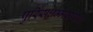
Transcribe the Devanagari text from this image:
पुरिसधम्मसारथि